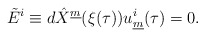
\begin{align*}\tilde{E}^{i} \equiv d\hat{X}^{\underline{m}}(\xi (\tau)) u^{i}_{\underline{m}}(\tau)=0. \qquad\end{align*}